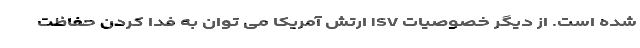
شده است. از دیگر خصوصیات ISV ارتش آمریکا می توان به فدا کردن حفاظت